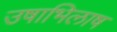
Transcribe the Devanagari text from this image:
उषाभिलाष